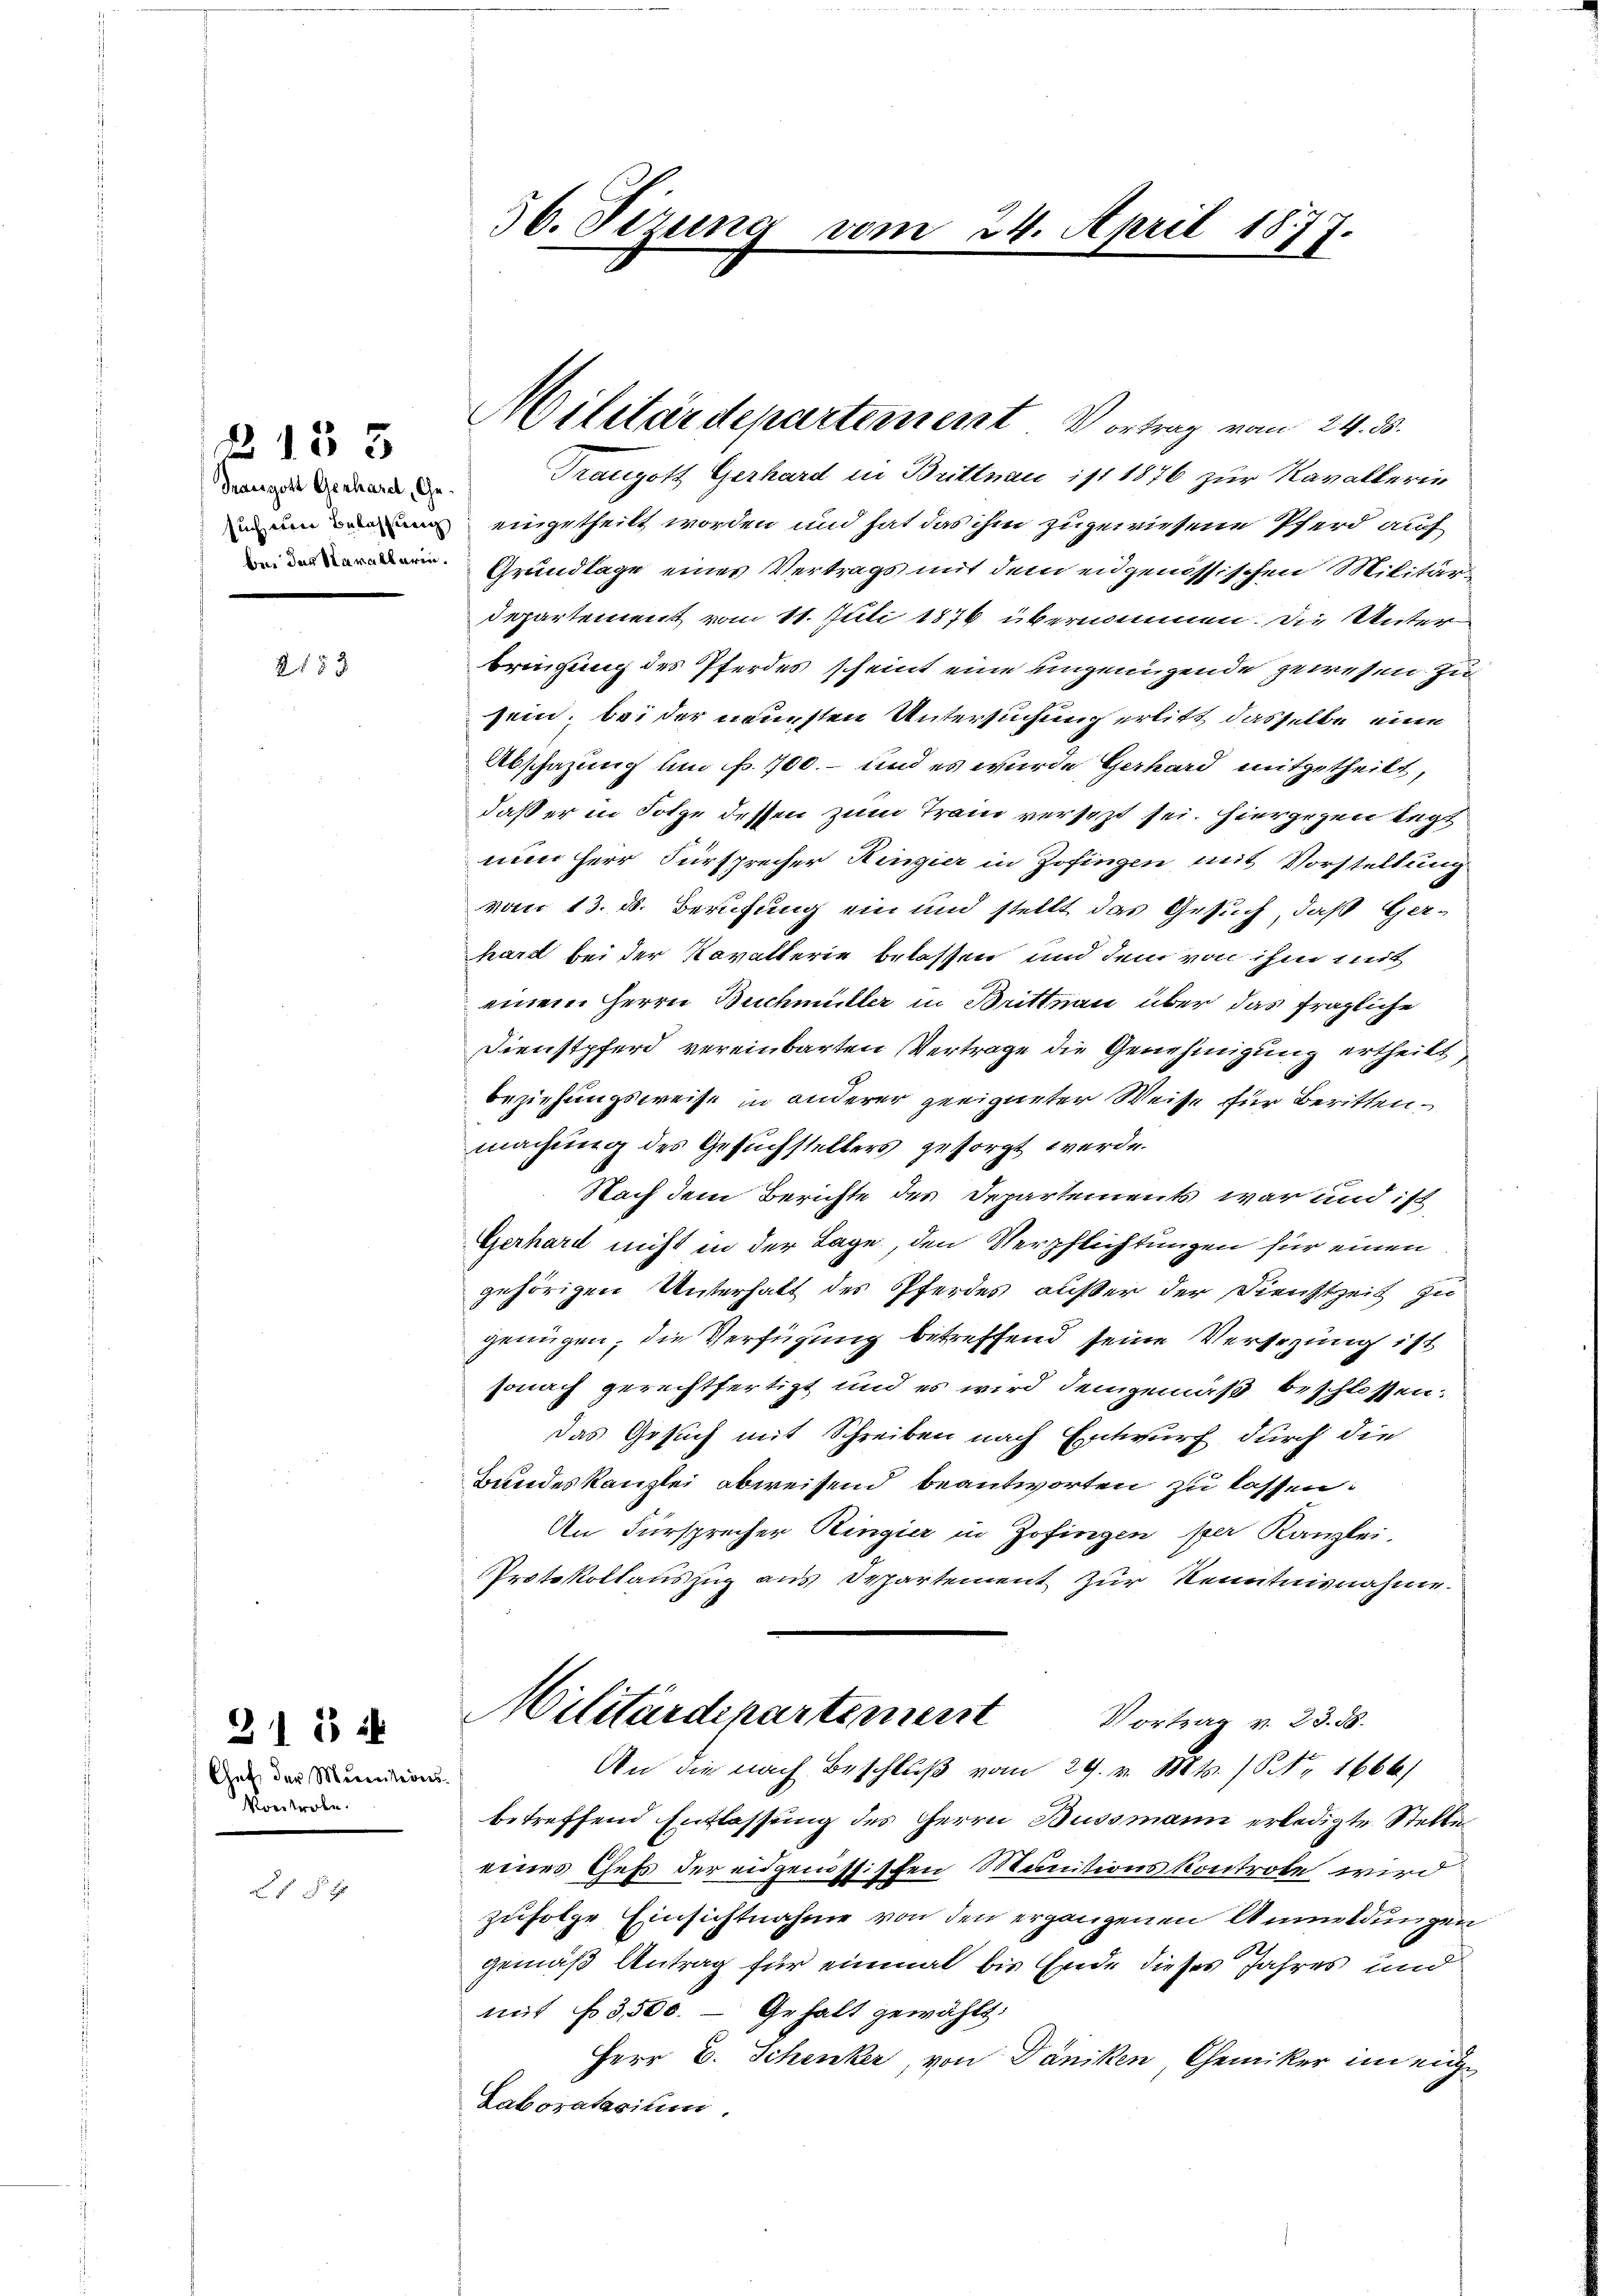
Praesgott Gerhardt, Ge-

B 153

2183

Auf der Merinitions¬
Kontrole.

311 f

4

36. Sizung vom 24. April 1877.
.

Franzott Gerhard in Brittnau ist 1876 zur Kavallerin
u um eingetheilt worden und hat das ihm zugewiesene Pferd auf
 Grundlage eines Vertrags mit dem eidgenössischen Militär-
departement vom 11. Juli 1876 übernommen. Die Unter
bringung des Pferdes scheint eine ungenügende gewesen zu
sein; bei der neuesten Untersuchung erlitt dasselbe eine
Abschazung um f. 700.- und es wurde Gerhard mitgetheilt,
daß er in Folge dessen zum Tram versezt sei. Hiergegen legt
nun Herr Fürsprecher Hinzier in Zofingen mit Vorstellung
vom 13. d. Berufung ein und stellt das Gesuch, daß Gerhard bei der Kavallerie belassen und dem von ihm mit
einem Herrn Buchmüller in Brittnau über das fragliche
Dienstpferd vereinbarten Vertrage die Genehmigung ertheilt,
beziehungsweise in anderer geeigneter Weise für Beritten.
machung des Gesuchstellers gesorgt werde.
Nach dem Berichte des Departements war und ist
Gerhard nicht in der Lage, den Verpflichtungen für einen
gehörigen Unterhalt des Pferdes, außer der Dienstzeit zu
genügen, die Verfügung betreffend seine Versezung ist
sonach gerechtfertigt und es wird demgemäß beschlossen.
das Gesuch mit Schreiben nach Entwurf durch die
Bundeskanzlei abweisend beantworten zu lassen:
An Fürsprecher Ringia in Zofingen per Kanzlei.
Protokollauszug aus Departement zur Kenntnisnahme
Militärdepartement
Vortrag v. 23. 58.
An die nach Beschlŭβ vom 29. v. Mts. / NNo. 1666)
betreffend Entlassung des Herrn Bussmann erledigte Stelle
eines Chefs der eidgenössischen Manitionskontrole wird
zufolge Einsichtnahme von den ergangenen Anmeldungen
gemäß Antrag für einmal bis Ende dieses Jahres und
mit No. 3500. - Gehalt gewählt.
Herr E. Schenker, von Däniken, Chemiker in eige
Laboratasium.

Militärdepartement Vortrag vom 24. ds.